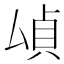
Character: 𫨫